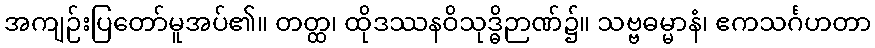
အကျဉ်းပြတော်မူအပ်၏။ တတ္ထ၊ ထိုဒဿနဝိသုဒ္ဓိဉာဏ်၌။ သဗ္ဗဓမ္မာနံ၊ ဧကသင်္ဂဟတာ